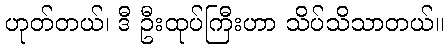
ဟုတ်တယ်၊ ဒီ ဦးထုပ်ကြီးဟာ သိပ်သိသာတယ်။